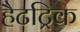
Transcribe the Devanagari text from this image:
हैटट्रिक